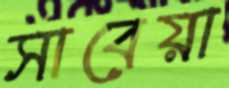
সাবেয়া